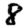
Digit: 8